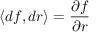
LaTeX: \langle d f , d r \rangle = { \frac { \partial f } { \partial r } }